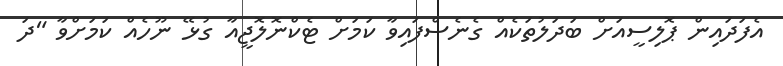
އެފަދައިން ޕޮލިސީއަށް ބަދަލުތަކެއް ގެނެސްފައިވާ ކަމަށް ޓެކްނޮލޮޖީއާ ގުޅޭ ނޫހެއް ކަމަށްވާ "ދަ